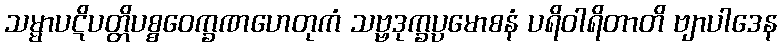
သမ္မာပဋိပတ္တိပစ္စဝေက္ခဏဟေတုကံ သဗ္ဗဒုက္ခပ္ပမောစနံ ပရိဝါရိတာတိ ဗျာပါဒေန